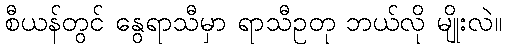
စီယန်တွင် နွေရာသီမှာ ရာသီဥတု ဘယ်လို မျိုးလဲ။